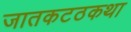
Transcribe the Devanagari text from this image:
जातकटठकथा